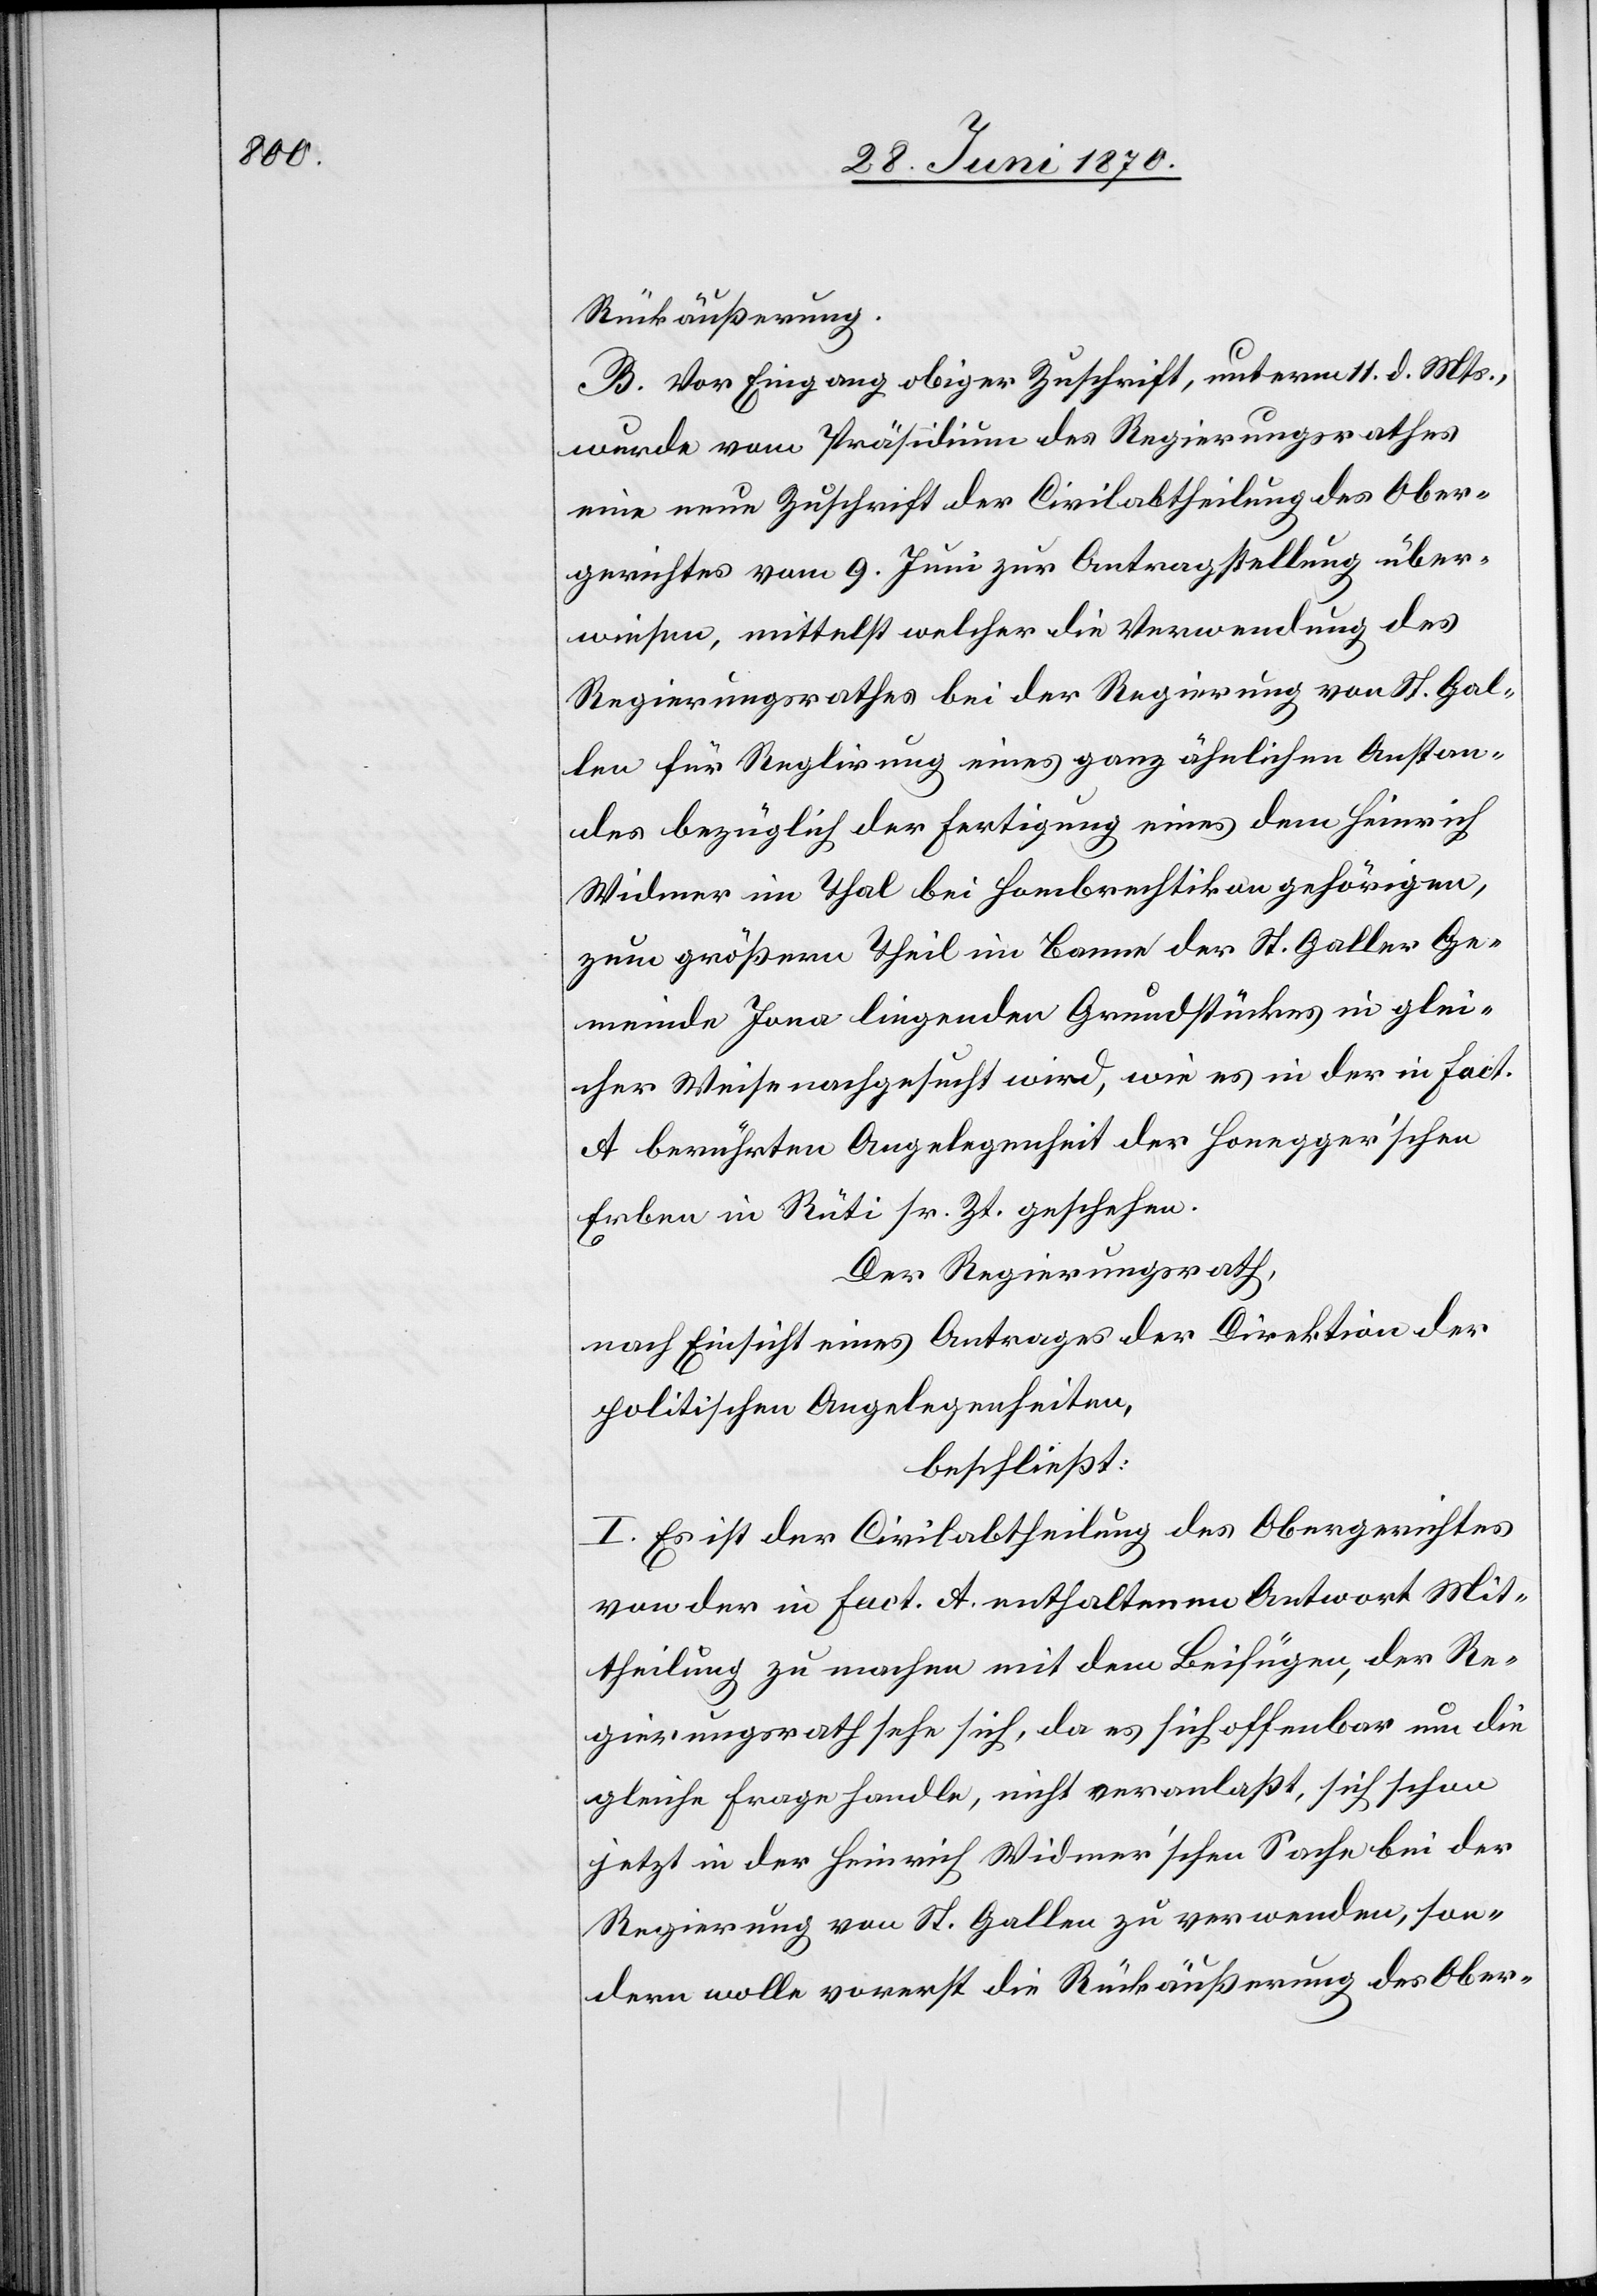
Rückäußerung.
B. Vor Eingang obiger Zuschrift, unterm 11. d. Mts.,
wurde vom Präsidium des Regierungsrathes
eine neue Zuschrift der Civilabtheilung des Ober¬
gerichtes vom 9. Juni zur Antragstellung über¬
wiesen, mittelst welcher die Verwendung des
Regierungsrathes bei der Regierung von St. Gal¬
len für Reglirung eines ganz ähnlichen Anstan¬
des bezüglich der Fertigung eines dem Heinrich
Widmer im Thal bei Hombrechtikon gehörigen,
zum größern Theil im Banne der St. Galler Ge¬
meinde Jona liegenden Grundstückes in glei¬
cher Weise nachgesucht wird, wie es in der in Fact.
A berührten Angelegenheit der Honegger’schen
Erben in Rüti sr. Zt. geschehen.
Der Regierungsrath,
nach Einsicht eines Antrages der Direktion der
politischen Angelegenheiten,
beschließt:
I. Es ist der Civilabtheilung des Obergerichtes
von der in Fact. A enthaltenen Antwort Mit¬
theilung zu machen mit dem Beifügen, der Re¬
gierungsrath sehe sich, da es sich offenbar um die
gleiche Frage handle, nicht veranlaßt, sich schon
jetzt in der Heinrich Widmer’schen Sache bei der
Regierung von St. Gallen zu verwenden, son¬
dern wolle vorerst die Rückäußerung des Ober-